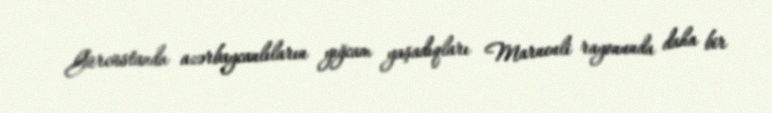
Gürcüstanda azərbaycanlıların yığcam yaşadıqları Marneuli rayonunda daha bir